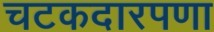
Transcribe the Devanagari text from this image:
चटकदारपणा